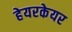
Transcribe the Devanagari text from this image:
हेयरकेयर